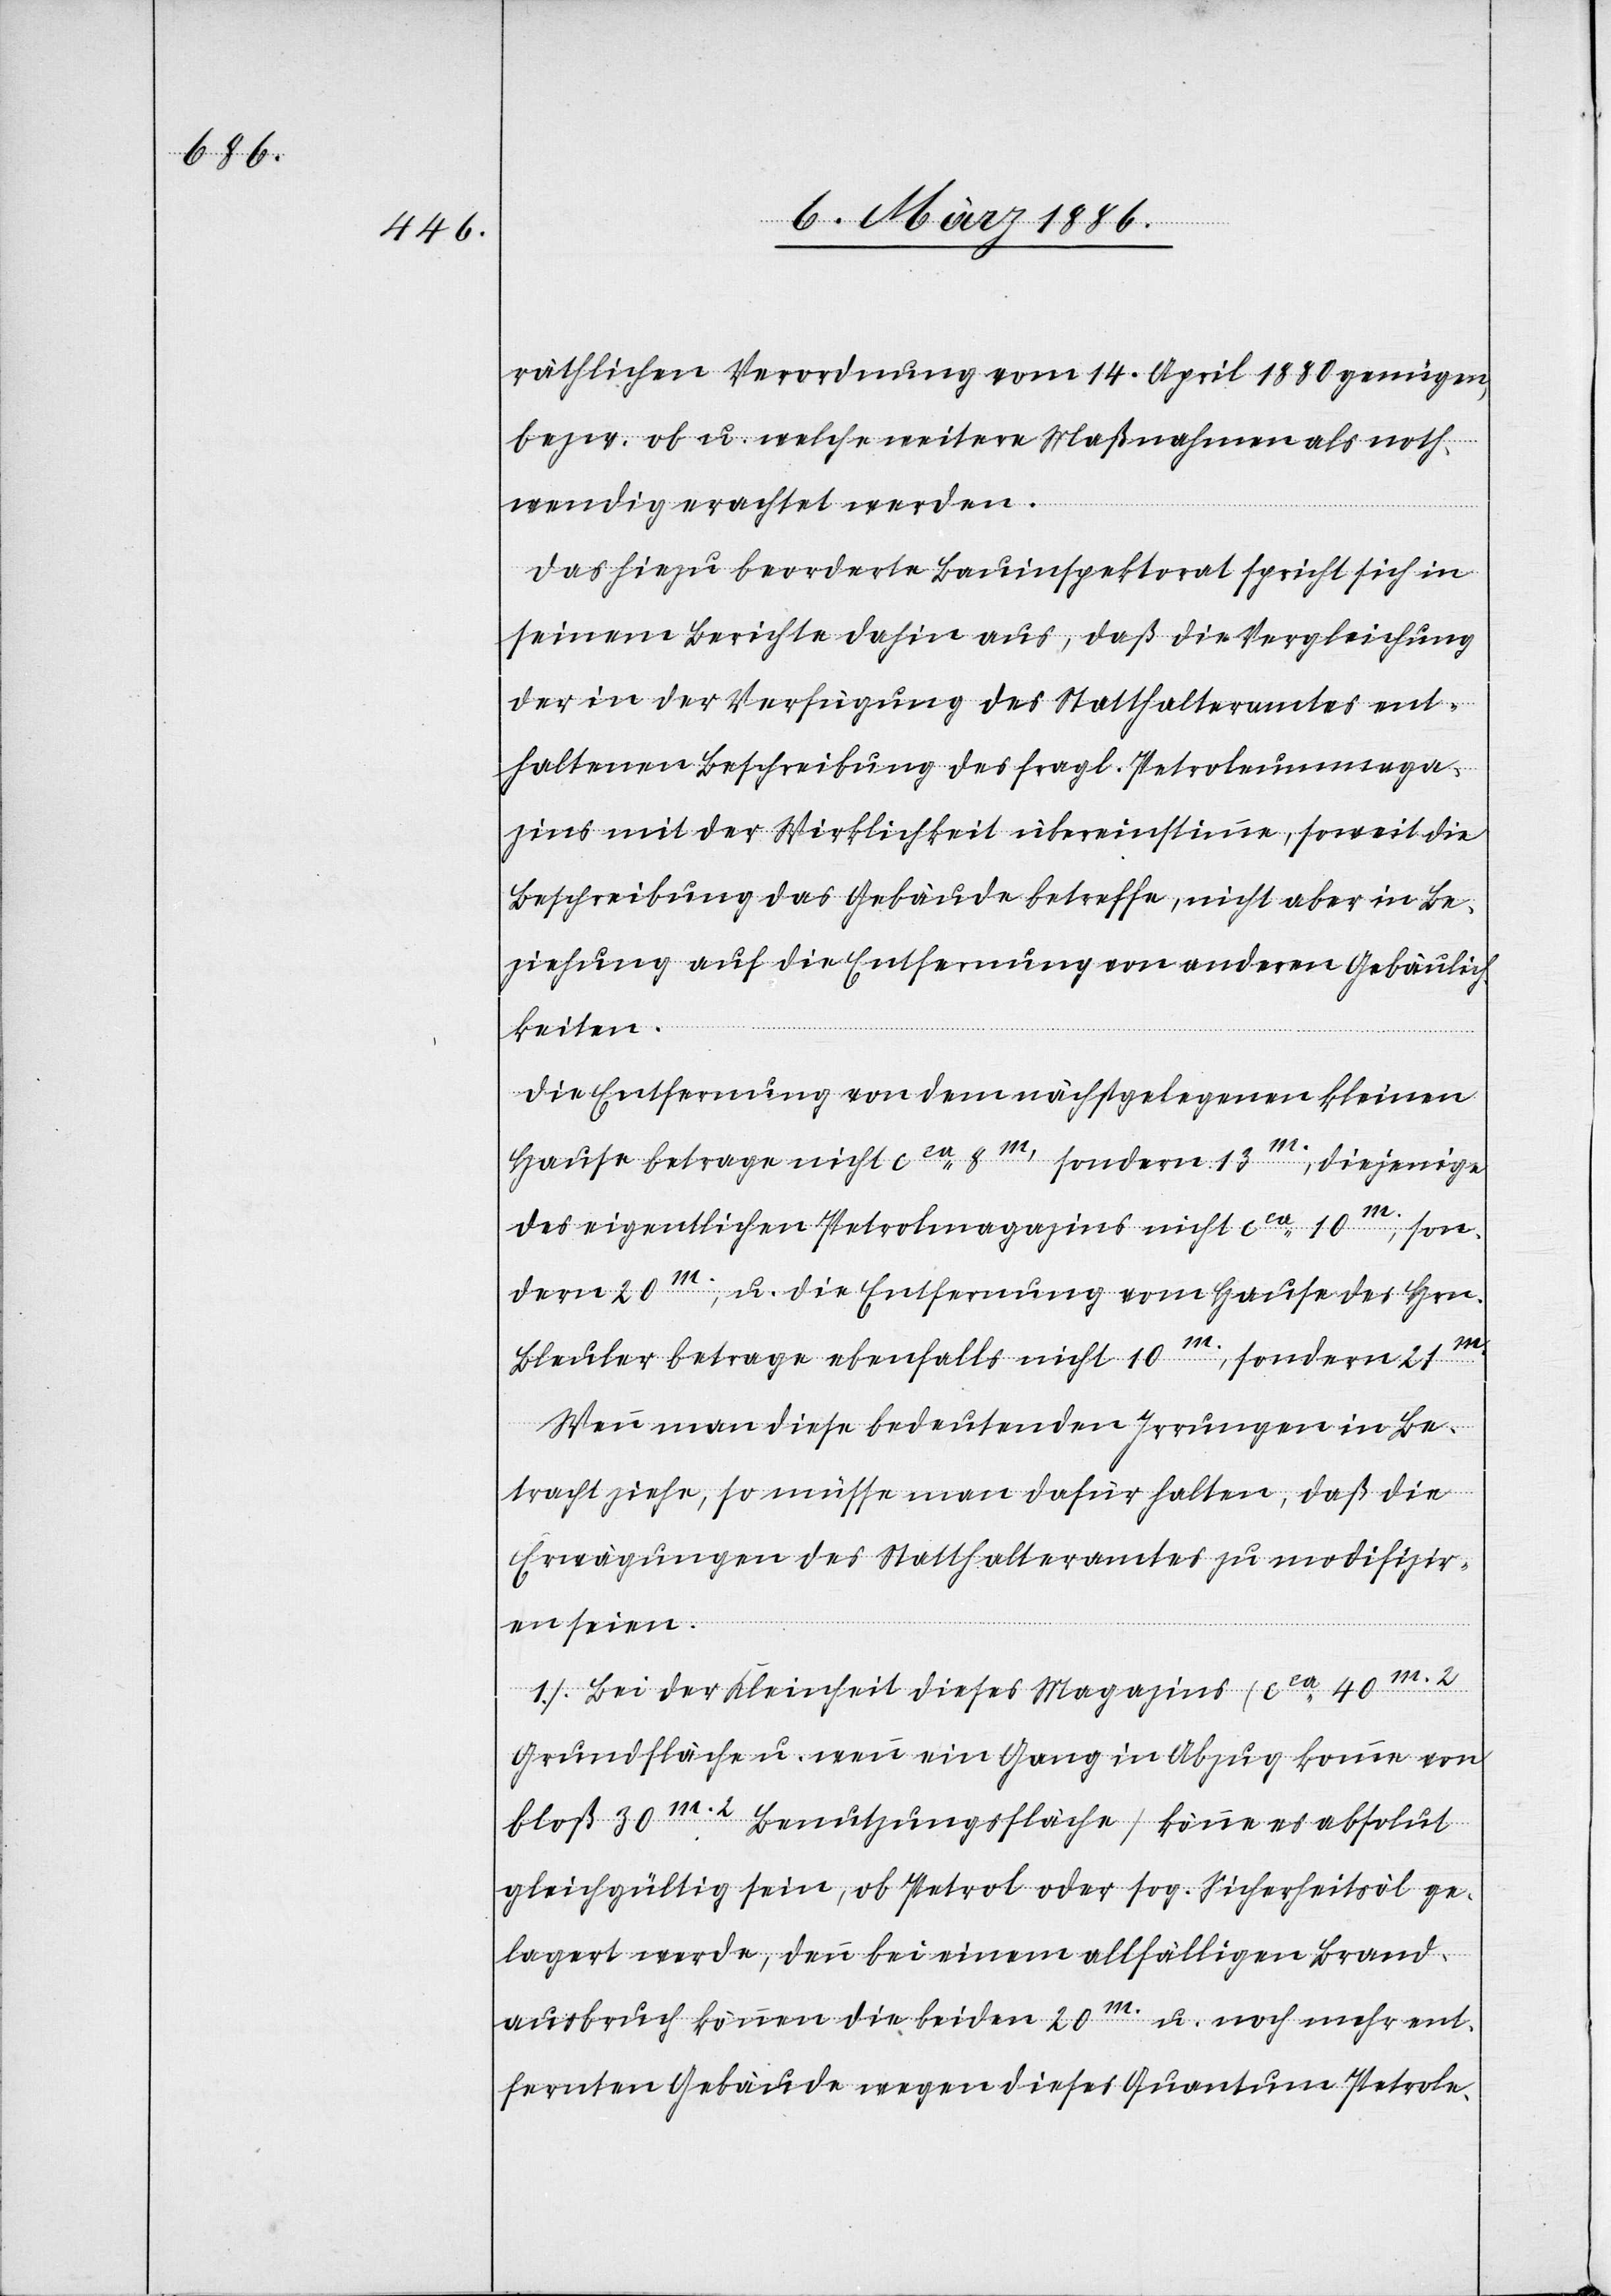
räthlichen Verordnung vom 14. April 1880 genügen,
bzw. ob u. welche weiteren Maßnahmen als noth¬
wendig erachtet werden.
Das hiezu abgeordnete Bauinspektorat spricht sich in
seinem Berichte dahin aus, daß die Vergleichung
der in der Verfügung des Statthalteramtes ent¬
haltenen Beschreibung des fragl. Petroleummaga¬
zins mit der Wirklichkeit übereinstimme, soweit die
Beschreibung das Gebäude betreffe, nicht aber in Be¬
ziehung auf die Entfernung von anderen Gebäulich¬
keiten.
Die Entfernung von dem nächstgelegenen kleinen
Hause betrage nicht cca 8m., sondern 13m.; diejenige
des eigentlichen Petrolmagazines nicht cca 10m., son¬
dern 20m., u. die Entfernung vom Hause des Hrn.
Bleuler betrage ebenfalls nicht 10m., sondern 21m.
Wenn man diese bedeutenden Irrungen in Be¬
tracht ziehe, so müsse man dafür halten, daß die
Erwägungen des Statthalteramtes zu modifizier¬
en seien.
1. Bei der Kleinheit dieses Magazines (cca 40m.2
Grundfläche u. wenn ein Gang in Bezug komme von
bloß 30m.2 Benutzungsfläche) könne es absolut
gleichgültig sein, ob Petrol oder sog. Sicherheitsöl ge¬
lagert werden, denn bei einem allfälligen Brand¬
ausbruch können die beiden 20m. u. noch mehr ent¬
fernten Gebäude wegen dieses Quantum Petrole-